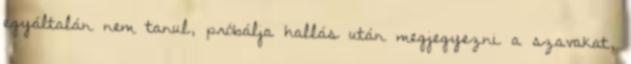
egyáltalán nem tanul, próbálja hallás után megjegyezni a szavakat,